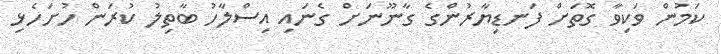
ކަމުން ވަކިވާ ގޮތަށް ފަނޑިޔާރުންގެ ގާނޫނަށް ގެނައި އިސްލާހު ބާތިލު ކުރަން ހުށަހެޅި